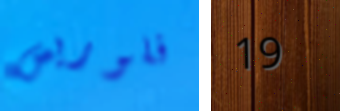
فلوريس 19